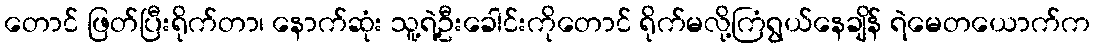
တောင် ဖြတ်ပြီးရိုက်တာ၊ နောက်ဆုံး သူ့ရဲ့ဦးခေါင်းကိုတောင် ရိုက်မလို့ကြံရွယ်နေချိန် ရဲမေတယောက်က